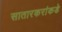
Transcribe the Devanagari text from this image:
सातारकरांकडे